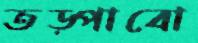
তড়্‌পাবো